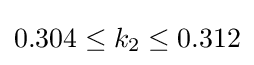
0.304\leq k_{2}\leq 0.312